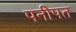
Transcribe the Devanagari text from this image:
पनीपत